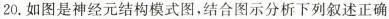
20.如图是神经元结构模式图，结合图示分析下列叙述正确